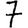
Digit: 7